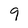
Character: 9